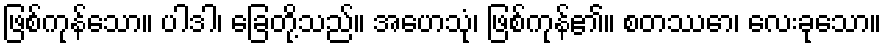
ဖြစ်ကုန်သော။ ပါဒါ၊ ခြေတို့သည်။ အဟေသုံ၊ ဖြစ်ကုန်၏။ စတဿော၊ လေးခုသော။